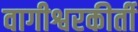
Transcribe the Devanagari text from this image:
वागीश्वरकीर्ती